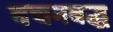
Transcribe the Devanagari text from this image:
बचनबद्ध